Burma Government Medical School reports 1923-41
Year: 1923
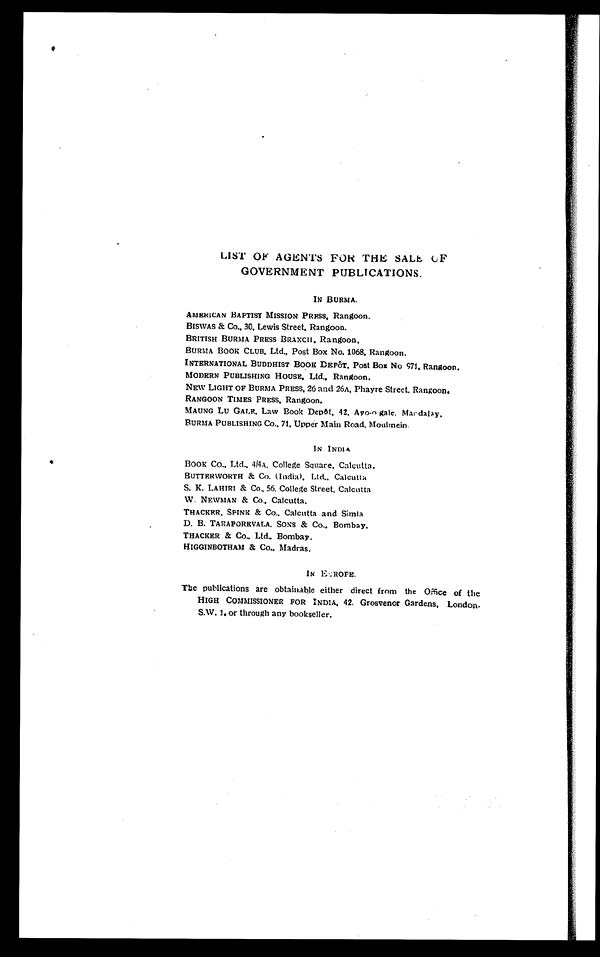
LIST OF AGENTS FOR THE SALE OF
GOVERNMENT PUBLICATIONS.
IN BURMA.
AMERICAN BAPTIST MISSION PRESS, Rangoon.
BISWAS & Co., 30. Lewis Street, Rangoon.
BRITISH BURMA PRESS BRANCH. Rangoon.
BURMA BOOK CLUB, Ltd., Post Box No. 1068. Rangoon.
INTERNATIONAL BUDDHIST BOOK DEPÔT. Post Box No 971. Rangoon.
MODERN PUBLISHING HOUSE, Ltd., Rangoon.
NEW LIGHT OF BURMA PRESS, 26 and 26A, Phayre Street. Rangoon.
RANGOON TIMES PRESS, Rangoon.
MAUNG LU GALE, Law Book Depôt, 42. Ayo - o gale, Mardalay.
BURMA PUBLISHING Co., 71. Upper Main Road. Moulmein.
IN INDIA
BOOK Co., Ltd., 4/4A. College Square, Calcutta.
BUTTERWORTH & Co. (India), Ltd., Calcutta
S. K. LAHIRI & Co., 56. College Street. Calcutta
W. NEWMAN & Co., Calcutta.
THACKER, SPINK & Co., Calcutta and Simla
D. B. TARAPOREVALA. SONS & Co., Bombay.
THACKER & Co., Ltd., Bombay.
HIGGINBOTHAM & Co., Madras.
IN EUROPE.
The publications are obtainable either direct from the Office of the
HIGH COMMISSIONER FOR INDIA, 42. Grosvenor Gardens, London.
S.W. 1. or through any bookseller.